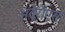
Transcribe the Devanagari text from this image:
अवेरोएस